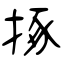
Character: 㧻